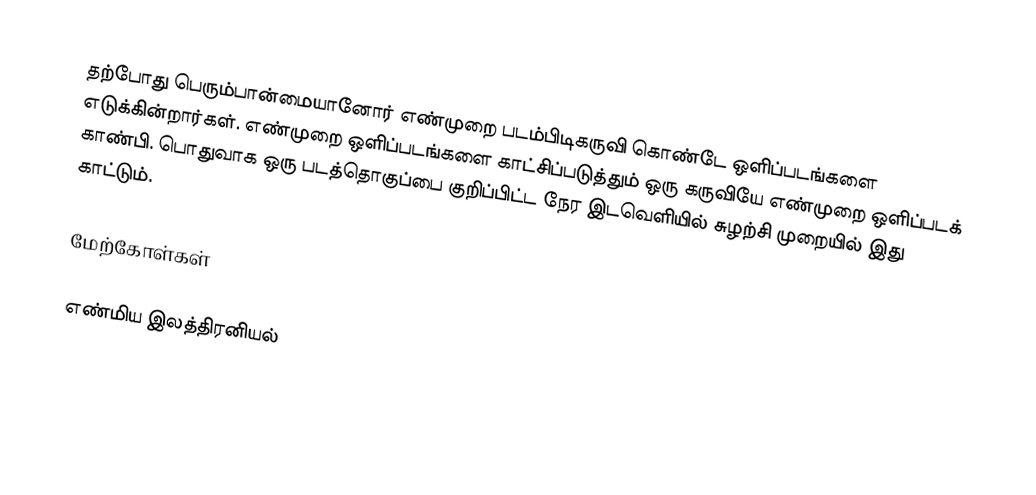
தற்போது பெரும்பான்மையானோர் எண்முறை படம்பிடிகருவி கொண்டே ஒளிப்படங்களை எடுக்கின்றார்கள். எண்முறை ஒளிப்படங்களை காட்சிப்படுத்தும் ஒரு கருவியே எண்முறை ஒளிப்படக் காண்பி.  பொதுவாக ஒரு படத்தொகுப்பை குறிப்பிட்ட நேர இடவெளியில் சுழற்சி முறையில் இது காட்டும்.

மேற்கோள்கள்

எண்மிய இலத்திரனியல்